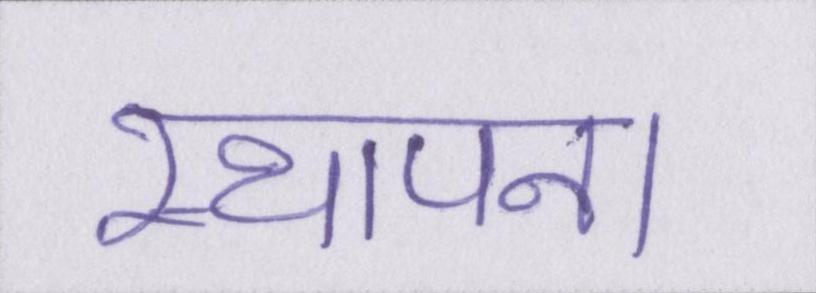
स्थापना